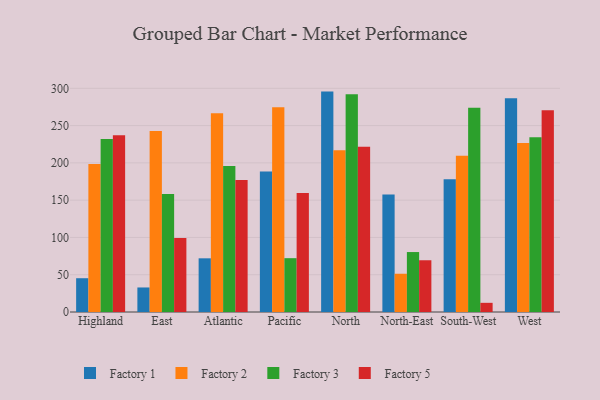
{"axis": {"x": "Region", "y": "Revenue (USD Million)"}, "legend": ["Factory 1", "Factory 2", "Factory 3", "Factory 5"], "data": [{"x": "Highland", "y": 45.3, "type": "Factory 1"}, {"x": "Highland", "y": 198.5, "type": "Factory 2"}, {"x": "Highland", "y": 232.1, "type": "Factory 3"}, {"x": "Highland", "y": 237.0, "type": "Factory 5"}, {"x": "East", "y": 32.9, "type": "Factory 1"}, {"x": "East", "y": 242.9, "type": "Factory 2"}, {"x": "East", "y": 158.2, "type": "Factory 3"}, {"x": "East", "y": 99.2, "type": "Factory 5"}, {"x": "Atlantic", "y": 72.0, "type": "Factory 1"}, {"x": "Atlantic", "y": 266.5, "type": "Factory 2"}, {"x": "Atlantic", "y": 195.9, "type": "Factory 3"}, {"x": "Atlantic", "y": 177.1, "type": "Factory 5"}, {"x": "Pacific", "y": 188.4, "type": "Factory 1"}, {"x": "Pacific", "y": 274.7, "type": "Factory 2"}, {"x": "Pacific", "y": 72.2, "type": "Factory 3"}, {"x": "Pacific", "y": 159.6, "type": "Factory 5"}, {"x": "North", "y": 295.6, "type": "Factory 1"}, {"x": "North", "y": 216.8, "type": "Factory 2"}, {"x": "North", "y": 292.2, "type": "Factory 3"}, {"x": "North", "y": 221.7, "type": "Factory 5"}, {"x": "North-East", "y": 157.6, "type": "Factory 1"}, {"x": "North-East", "y": 51.3, "type": "Factory 2"}, {"x": "North-East", "y": 80.4, "type": "Factory 3"}, {"x": "North-East", "y": 69.4, "type": "Factory 5"}, {"x": "South-West", "y": 178.0, "type": "Factory 1"}, {"x": "South-West", "y": 209.5, "type": "Factory 2"}, {"x": "South-West", "y": 273.9, "type": "Factory 3"}, {"x": "South-West", "y": 12.3, "type": "Factory 5"}, {"x": "West", "y": 286.6, "type": "Factory 1"}, {"x": "West", "y": 226.7, "type": "Factory 2"}, {"x": "West", "y": 234.3, "type": "Factory 3"}, {"x": "West", "y": 270.7, "type": "Factory 5"}]}